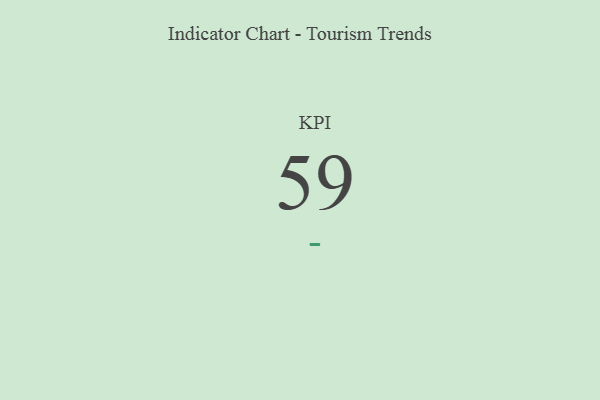
{"axis": {"x": "KPI", "y": "Value"}, "legend": [""], "data": [{"x": "KPI", "y": 59, "type": ""}]}